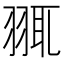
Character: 䎎